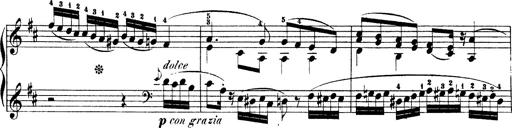
Title: Illustrations de l'opÃ©ra L'Africaine
Composer: Franz Liszt